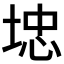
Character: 𱖽